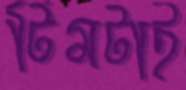
টিমটাই